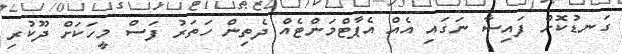
ގަނޑުކޮށް ފައިސާ ނަގައި އެއް އެޕާޓްމަންޓެއް ދެތިން ހަތަރު ފަސް މީހަކަށް ދޫކުރި